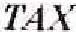
TAX